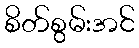
စိတ်စွမ်းအင်